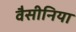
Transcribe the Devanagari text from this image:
वैसीनिया